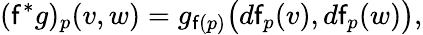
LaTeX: (\mathsf{f}^{\ast}g)_{p}(v,w)=g_{\mathsf{f}(p)}{\big(}d\mathsf{f}_{p}(v),d\mathsf{f}_{p}(w){\big)},